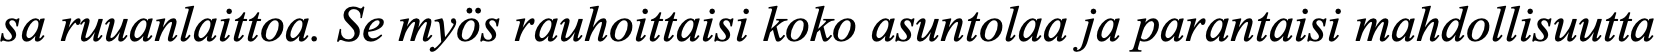
sa ruuanlaittoa. Se myös rauhoittaisi koko asuntolaa ja parantaisi mahdollisuutta